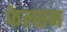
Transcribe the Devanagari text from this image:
फेल्सन